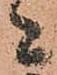
者